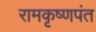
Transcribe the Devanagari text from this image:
रामकृष्णपंत